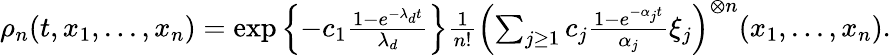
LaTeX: \begin{array}{r}{\rho_{n}(t,x_{1},...,x_{n})=\exp\left\{ -c_{1}\frac{1-e^{-\lambda_{d}t}}{\lambda_{d}}\right\} \frac{1}{n!}\left(\sum_{j\geq 1}c_{j}\frac{1-e^{-\alpha_{j}t}}{\alpha_{j}}\xi_{j}\right)^{\otimes n}(x_{1},...,x_{n}).}\end{array}